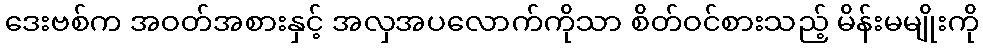
ဒေးဗစ်က အဝတ်အစားနှင့် အလှအပလောက်ကိုသာ စိတ်ဝင်စားသည့် မိန်းမမျိုးကို